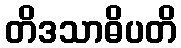
တိဒသာဓိပတိ